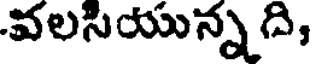
వలసియున్న ది,